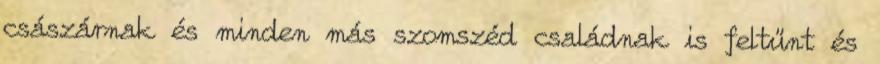
császárnak és minden más szomszéd családnak is feltűnt és